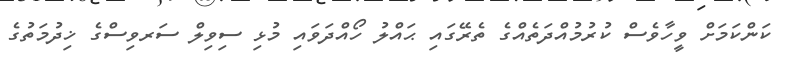
ކަންކަމަށް ވީހާވެސް ކުރުމުއްދަތެއްގެ ތެރޭގައި ޙައްލު ހޯއްދަވައި މުޅި ސިވިލް ސަރވިސްގެ ޚިދުމަތުގެ